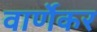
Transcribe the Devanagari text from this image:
वार्णेकर